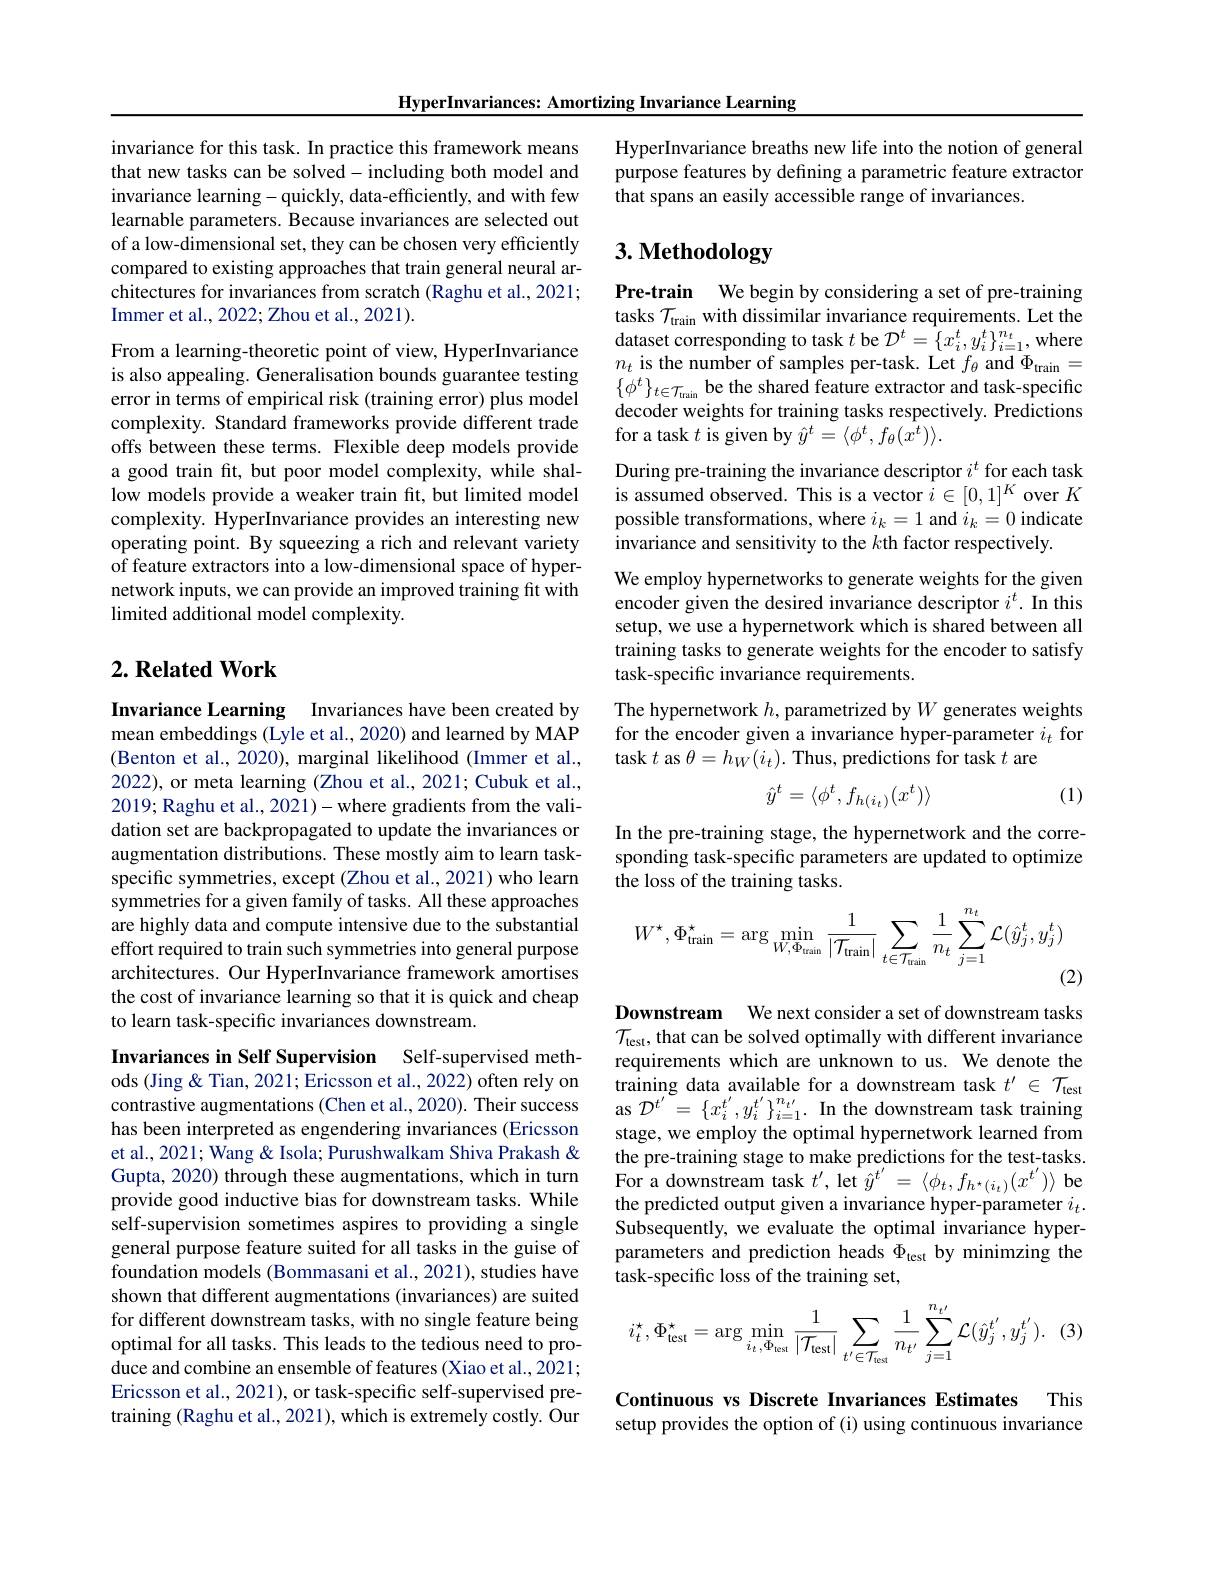
HyperInvariances: Amortizing Invariance Learning

invariance for this task. In practice this framework means that new tasks can be solved- including both model and invariance learning-quickly, data-efficiently, and with few learnable parameters. Because invariances are selected out of a low-dimensional set, they can be chosen very efficiently compared to existing approaches that train general neural architectures for invariances from scratch (Raghu et al., 2021; Immer et al., 2022; Zhou et al., 2021).

From a learning-theoretic point of view, HyperInvariance is also appealing. Generalisation bounds guarantee testing error in terms of empirical risk (training error) plus model complexity. Standard frameworks provide different trade offs between these terms. Flexible deep models provide a good train fit, but poor model complexity, while shallow models provide a weaker train fit, but limited model complexity. HyperInvariance provides an interesting new operating point. By squeezing a rich and relevant variety of feature extractors into a low-dimensional space of hypernetwork inputs, we can provide an improved training fit with limited additional model complexity.

## $2. \textbf{Related Work}$

Invariance Learning Invariances have been created by mean embeddings (Lyle et al., 2020) and learned by MAP (Benton et al., 2020), marginal likelihood (Immer et al., 2022), or meta learning (Zhou et al., 2021; Cubuk et al., 2019; Raghu et al., 2021)- where gradients from the validation set are backpropagated to update the invariances or augmentation distributions. These mostly aim to learn taskspecific symmetries, except (Zhou et al., 2021) who learn symmetries for a given family of tasks. All these approaches are highly data and compute intensive due to the substantial effort required to train such symmetries into general purpose architectures. Our HyperInvariance framework amortises the cost of invariance learning so that it is quick and cheap to learn task-specific invariances downstream.

Invariances in Self Supervision Self-supervised meth-

ods (Jing & Tian, 2021; Ericsson et al., 2022) often rely on contrastive augmentations (Chen et al., 2020). Their success has been interpreted as engendering invariances (Ericsson et al., 2021; Wang & Isola; Purushwalkam Shiva Prakash & Gupta, 2020) through these augmentations, which in turn provide good inductive bias for downstream tasks. While self-supervision sometimes aspires to providing a single general purpose feature suited for all tasks in the guise of foundation models (Bommasani et al., 2021), studies have shown that different augmentations (invariances) are suited for different downstream tasks, with no single feature being optimal for all tasks. This leads to the tedious need to produce and combine an ensemble of features (Xiao et al., 2021; Ericsson et al., 2021), or task-specific self-supervised pretraining (Raghu et al., 2021), which is extremely costly. Our

HyperInvariance breaths new life into the notion of general purpose features by defining a parametric feature extractor that spans an easily accessible range of invariances.

# 3. Methodology

Pre-train We begin by considering a set of pre-training tasks $\mathcal{T}_\mathrm{train}$ with dissimilar invariance requirements. Let the dataset corresponding to task $t$ be $\mathcal{D}^t=\{x_i^t,y_i^t\}_{i=1}^{n_t}$, where $n_t$ is the number of samples per-task. Let $f_\theta$ and $\Phi_\mathrm{train}=$ $\{\phi^{t}\}_{t\in\mathcal{T}_{\mathrm{train}}}$be the shared feature extractor and task-specific decoder weights for training tasks respectively. Predictions for a task $t$ is given by $\hat{y}^t=\langle\phi^t,f_\theta(x^t)\rangle.$
During pre-training the invariance descriptor $i^t$ for each task is assumed observed. This is a vector $\hat{i}\in[0,1]^K$ over $K$ possible transformations, where $i_k=1$ and $i_k=0$ indicate invariance and sensitivity to the $k$th factor respectively.
We employ hypernetworks to generate weights for the given encoder given the desired invariance descriptor $i^t.$ In this setup, we use a hypernetwork which is shared between all training tasks to generate weights for the encoder to satisfy task-specific invariance requirements.
The hypernetwork $h$, parametrized by $W$ generates weights for the encoder given a invariance hyper-parameter $i_t$ for task $t$ as $\theta=h_W(i_t).$ Thus, predictions for task $t$ are
$$\hat{y}^t=\langle\phi^t,f_{h(i_t)}(x^t)\rangle $$
(1)

In the pre-training stage, the hypernetwork and the corresponding task-specific parameters are updated to optimize the loss of the training tasks.
$$W^\star,\Phi_{\mathrm{train}}^\star=\arg\min_{W,\Phi_{\mathrm{train}}}\frac{1}{|\mathcal{T}_{\mathrm{train}}|}\sum_{t\in\mathcal{T}_{\mathrm{train}}}\frac{1}{n_{t}}\sum_{j=1}^{n_{t}}\mathcal{L}(\hat{y}_{j}^{t},y_{j}^{t})$$
(2)

Downstream We next consider a set of downstream tasks $\mathcal{T}_{\mathrm{test}}$, that can be solved optimally with different invariance requirements which are unknown to us. We denote the training data available for a downstream task $t^\prime\in\mathcal{T}_{\mathrm{test}}$ as $\mathcal{D}^{t^{\prime}}=\{x_{i}^{t^{\prime}},y_{i}^{t^{\prime}}\}_{i=1}^{n_{t^{\prime}}}.$ In the downstream task training stage, we employ the optimal hypernetwork learned from the pre-training stage to make predictions for the test-tasks. For a downstream task $t^\prime,\operatorname*{let}\hat{y}^{t^{\prime}}=\langle\phi_t,f_{h^*(i_t)}(x^{t^{\prime}})\rangle$ be the predicted output given a invariance hyper-parameter $i_t.$ Subsequently, we evaluate the optimal invariance hyperparameters and prediction heads $\Phi_\mathrm{test}$ by minimzing the task-specific loss of the training set,
$$i_{t}^{\star},\Phi_{\mathrm{test}}^{\star}=\arg\min_{{i_{t},\Phi_{\mathrm{test}}}}\frac{1}{|\mathcal{T}_{\mathrm{test}}|}\sum_{{t^{\prime}\in\mathcal{T}_{\mathrm{test}}}}\frac{1}{n_{t^{\prime}}}\sum_{j=1}^{{n_{t^{\prime}}}}\mathcal{L}(\hat{y}_{j}^{t^{\prime}},y_{j}^{t^{\prime}}).$$
Continuous vs Discrete Invariances Estimates This setup provides the option of (i) using continuous invariance